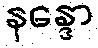
နန္ဒော